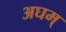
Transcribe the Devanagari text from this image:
अघम्